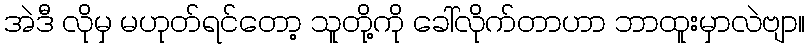
အဲဒီ လိုမှ မဟုတ်ရင်တော့ သူတို့ကို ခေါ်လိုက်တာဟာ ဘာထူးမှာလဲဗျာ။